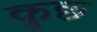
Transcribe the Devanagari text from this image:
कुछ्‍